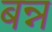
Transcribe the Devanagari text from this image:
बन्न